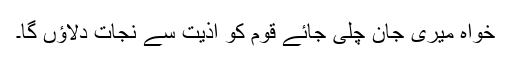
خواہ میری جان چلی جائے قوم کو اذیت سے نجات دلاﺅں گا۔